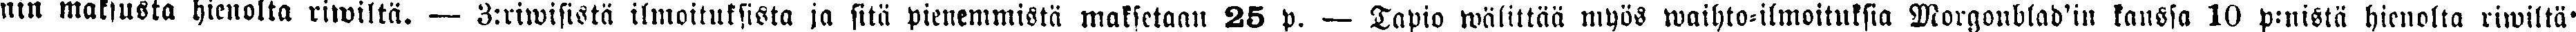
nin maksusta hienolta riwiltä. — 3:riwisistä ilmoituksista ja sitä pienemmistä maksetaan 25 p. — Tapio wälittää myös waihto-ilmoituksia Morgonblad'in kanssa 10 p:nistä hienolta riwiltä'